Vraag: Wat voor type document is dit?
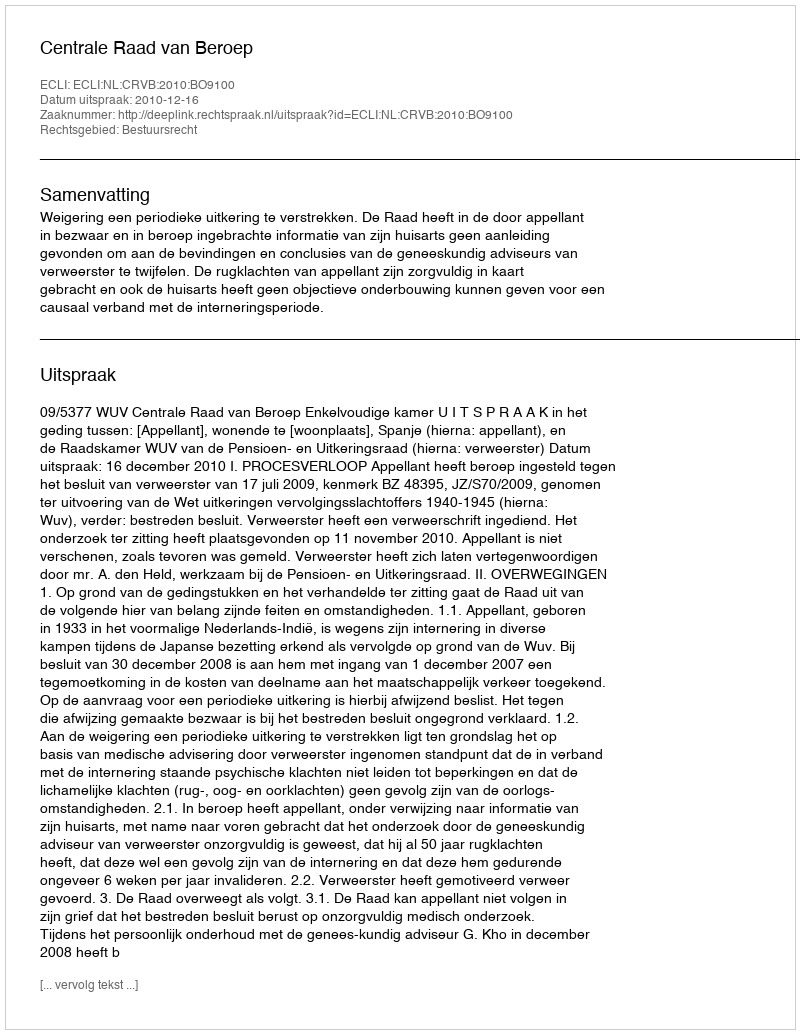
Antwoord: Uitspraak